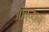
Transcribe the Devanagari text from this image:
आबन्धन